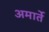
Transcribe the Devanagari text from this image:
अमार्ते